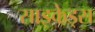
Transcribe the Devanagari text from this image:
साइकेड्स